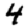
Digit: 4